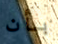
بأن